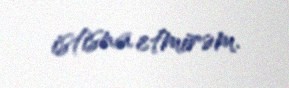
istisna etmirəm.